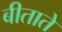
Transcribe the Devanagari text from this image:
बीताते